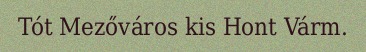
Tót Mezőváros kis Hont Várm.